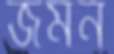
জমন